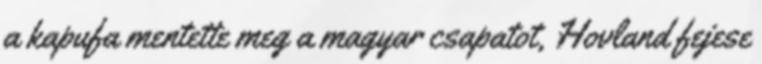
a kapufa mentette meg a magyar csapatot, Hovland fejese